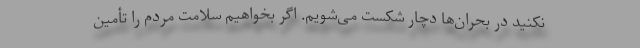
نکنید در بحران‌ها دچار شکست می‌شویم. اگر بخواهیم سلامت مردم را تأمین